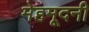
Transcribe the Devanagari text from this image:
मेहमूदनी